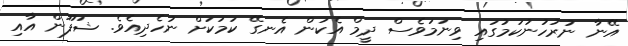
އޭނާ ނުރުހުނުކަމުގައި ވިނަމަވެސް ދީމް އެކަން އެނގޭ ކަމަކަށް ނުހެދިއެވެ. ޝަފޫން އާއި